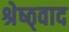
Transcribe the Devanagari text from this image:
श्रेष्ठ्वाद